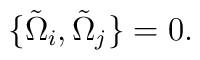
\{ \tilde{\Omega}_i, \tilde{\Omega}_j \} = 0.